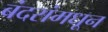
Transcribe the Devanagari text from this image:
बंदरांमधून